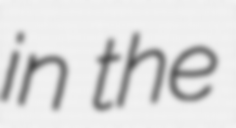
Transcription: in the